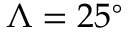
\Lambda = 2 5 ^ { \circ }